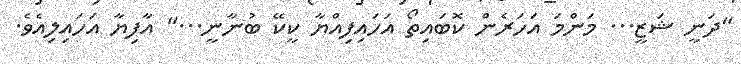
"ދަނީ ޝަޒީ... މަންމަ އަހަރެން ކޮބައިތޯ އަހައިފިއްޔާ ކީކޭ ބުނާނީ..." އާފިޔާ އަހައިލިއެވެ.